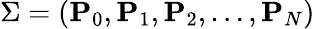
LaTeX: \Sigma=(\mathbf{P}_{0},\mathbf{P}_{1},\mathbf{P}_{2},\dots,\mathbf{P}_{N})